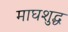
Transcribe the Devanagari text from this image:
माघशुद्ध